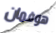
هوفمان